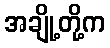
အချို့တို့က